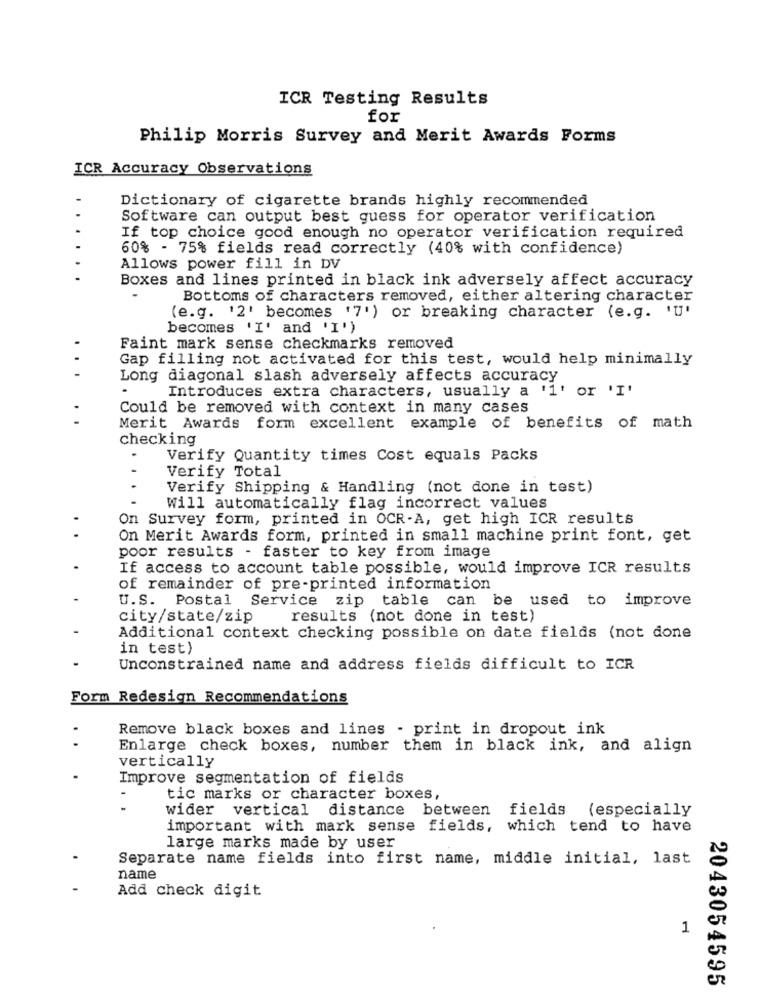
ICR Testing Results
for
Philip Morris Survey and Merit Awards Forms
ICR Accuracy Observations
Dictionary of cigarette brands highly recommended
Software can output best guess for operator verification
If top choice good enough no operator verification required
60% - 75% fields read correctly (40% with confidence)
Allows power fill in DV
Boxes and lines printed in black ink adversely affect accuracy
Bottoms of characters removed, either altering character
(e.g. '2' becomes '7') or breaking character (e.g. 'U'
becomes 'I' and 'I')
Faint mark sense checkmarks removed
Gap filling not activated for this test, would help minimally
Long diagonal slash adversely affects accuracy
Introduces extra characters, usually a '1' or 'I'
Could be removed with context in many cases
Merit Awards form excellent example of benefits of math
checking
Verify Quantity times Cost equals Packs
Verify Total
Verify Shipping & Handling (not done in test)
Will automatically flag incorrect values
On Survey form, printed in OCR-A, get high ICR results
On Merit Awards form, printed in small machine print font, get
poor results - faster to key from image
If access to account table possible, would improve ICR results
of remainder of pre-printed information
U.S. Postal Service zip table can be used to improve
city/state/zip
results (not done in test)
Additional context checking possible on date fields (not done
in test)
Unconstrained name and address fields difficult to ICR
Form Redesign Recommendations
Remove black boxes and lines - print in dropout ink
Enlarge check boxes, number them in black ink, and align
vertically
Improve segmentation of fields
tic marks or character boxes,
-
wider vertical distance between fields (especially
important with mark sense fields, which tend to have
large marks made by user
Separate name fields into first name, middle initial, last
name
Add check digit
1
2043054595